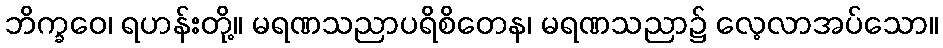
ဘိက္ခဝေ၊ ရဟန်းတို့။ မရဏသညာပရိစိတေန၊ မရဏသညာ၌ လေ့လာအပ်သော။